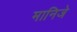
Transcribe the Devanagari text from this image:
मानिजे